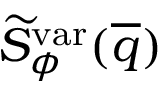
\widetilde { S } _ { \phi } ^ { \mathrm { v a r } } ( \overline { { q } } )